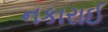
નકારાઈ